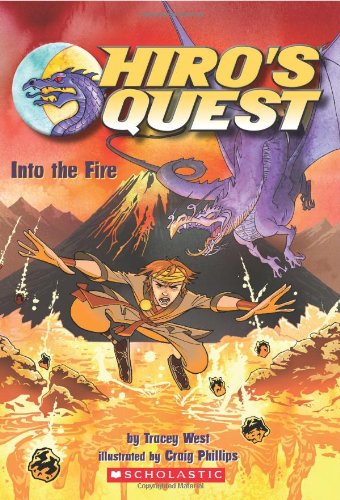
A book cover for Into the Fire (Hiro's Quest, No. 2); Tracey West; Children's Books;